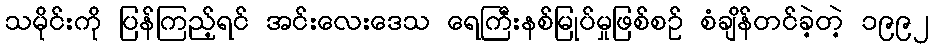
သမိုင်းကို ပြန်ကြည့်ရင် အင်းလေးဒေသ ရေကြီးနစ်မြုပ်မှုဖြစ်စဉ် စံချိန်တင်ခဲ့တဲ့ ၁၉၉၂